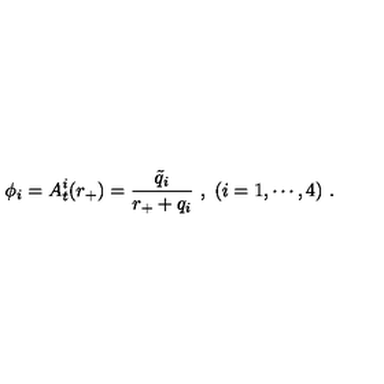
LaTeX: \phi _ { i } = A _ { t } ^ { i } ( r _ { + } ) = { \frac { \tilde { q } _ { i } } { r _ { + } + q _ { i } } } \ , \ ( i = 1 , \cdots , 4 ) \ .